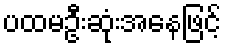
ပထမဦးဆုံးအနေဖြင့်